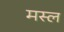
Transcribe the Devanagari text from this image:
मस्ल